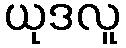
ယုဒလူ